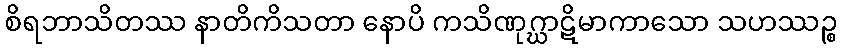
စိရဘာသိတဿ နာတိကိသတာ နောပိ ကသိဏုဂ္ဃာဋိမာကာသော သဟဿဉ္စ